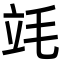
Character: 竓